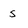
Character: s